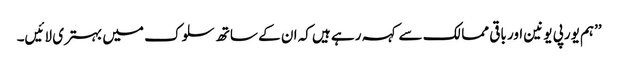
’’ہم یورپی یونین اور باقی ممالک سے کہہ رہے ہیں کہ ان کے ساتھ سلوک میں بہتری لائیں۔